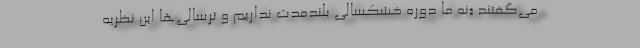
می‌گفتند «نه ما دوره خشکسالی بلندمدت نداریم و ترسالی‌ها این نظریه